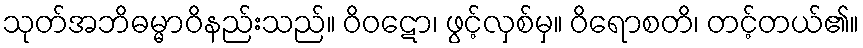
သုတ်အဘိဓမ္မာဝိနည်းသည်။ ဝိဝဋော၊ ဖွင့်လှစ်မှ။ ဝိရောစတိ၊ တင့်တယ်၏။